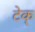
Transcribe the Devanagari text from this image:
टेक्